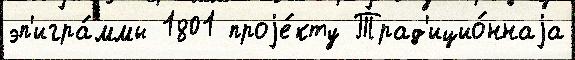
эп'игра́ммы 1801 проjе́кту Трад'ицио́ннаjа